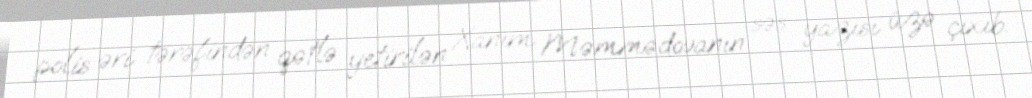
polis əri tərəfindən qətlə yetirilən Xanım Məmmədovanın səs yazısı üzə çıxıb.